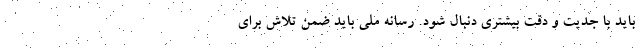
باید با جدیت و دقت بیشتری دنبال شود. رسانه ملی باید ضمن تلاش برای